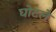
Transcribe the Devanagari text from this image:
घोटले